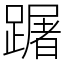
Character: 䠧